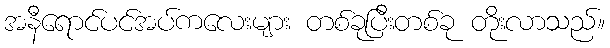
အနီရောင်ပင်အပ်ကလေးများ တစ်ခုပြီးတစ်ခု တိုးလာသည်။